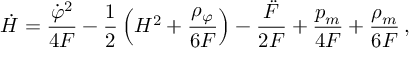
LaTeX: \dot { H } = \frac { { \dot { \varphi } } ^ { 2 } } { 4 F } - \frac { 1 } { 2 } \left( H ^ { 2 } + \frac { { \rho } _ { \varphi } } { 6 F } \right) - \frac { \ddot { F } } { 2 F } + \frac { p _ { m } } { 4 F } + \frac { \rho _ { m } } { 6 F } \, ,